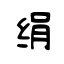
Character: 绢